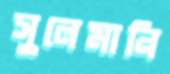
সুলেমানি